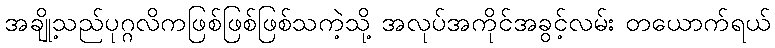
အချို့သည်ပုဂ္ဂလိကဖြစ်ဖြစ်ဖြစ်သကဲ့သို့ အလုပ်အကိုင်အခွင့်လမ်း တယောက်ရယ်